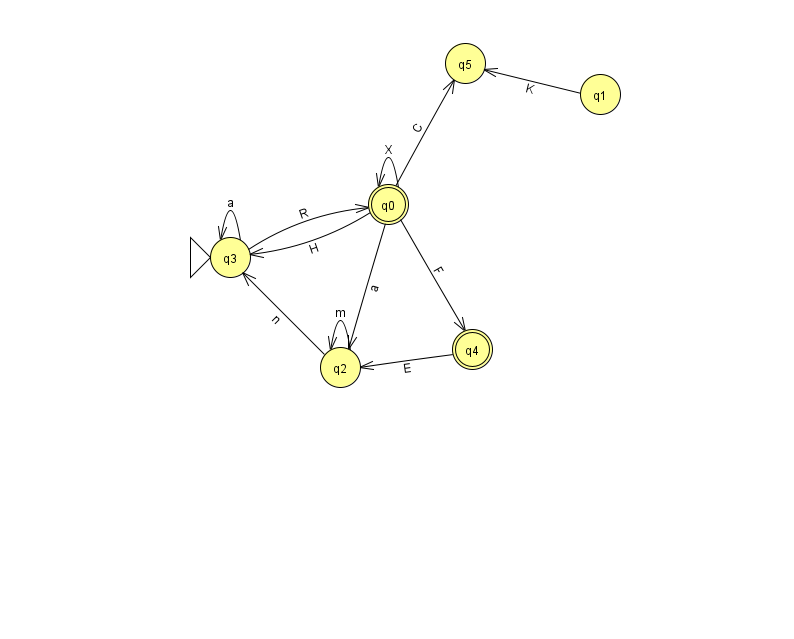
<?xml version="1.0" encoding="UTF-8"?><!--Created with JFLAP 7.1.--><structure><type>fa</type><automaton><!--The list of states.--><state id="0" name="q0"><x>388.0</x><y>191.0</y><final/></state><state id="1" name="q1"><x>600.0</x><y>81.0</y></state><state id="2" name="q2"><x>340.0</x><y>354.0</y></state><state id="3" name="q3"><x>230.0</x><y>244.0</y><initial/></state><state id="4" name="q4"><x>472.0</x><y>336.0</y><final/></state><state id="5" name="q5"><x>465.0</x><y>50.0</y></state><!--The list of transitions.--><transition><from>0</from><to>5</to><read>C</read></transition><transition><from>3</from><to>3</to><read>a</read></transition><transition><from>0</from><to>3</to><read>H</read></transition><transition><from>0</from><to>4</to><read>F</read></transition><transition><from>0</from><to>0</to><read>X</read></transition><transition><from>3</from><to>0</to><read>R</read></transition><transition><from>1</from><to>5</to><read>K</read></transition><transition><from>0</from><to>2</to><read>a</read></transition><transition><from>2</from><to>2</to><read>m</read></transition><transition><from>4</from><to>2</to><read>E</read></transition><transition><from>2</from><to>3</to><read>n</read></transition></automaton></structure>